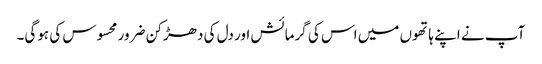
آپ نے اپنے ہاتھوں میں اس کی گرمائش اور دل کی دھڑکن ضرور محسوس کی ہوگی۔